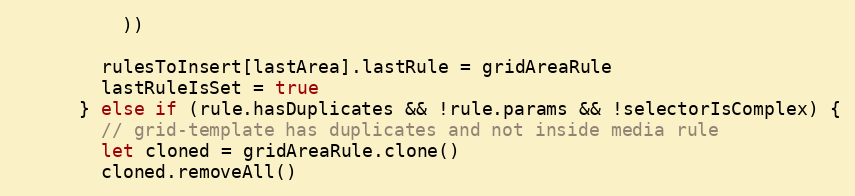
Language: JavaScript
          ))

        rulesToInsert[lastArea].lastRule = gridAreaRule
        lastRuleIsSet = true
      } else if (rule.hasDuplicates && !rule.params && !selectorIsComplex) {
        // grid-template has duplicates and not inside media rule
        let cloned = gridAreaRule.clone()
        cloned.removeAll()